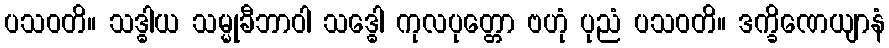
ပသဝတိ။ သဒ္ဓါယ သမ္မုခီဘာဝါ သဒ္ဓေါ ကုလပုတ္တော ဗဟုံ ပုညံ ပသဝတိ။ ဒက္ခိဏေယျာနံ